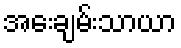
အေးချမ်းသာယာ